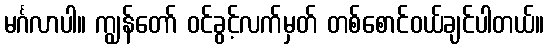
မင်္ဂလာပါ။ ကျွန်တော် ဝင်ခွင့်လက်မှတ် တစ်စောင်ဝယ်ချင်ပါတယ်။